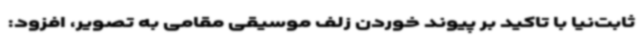
ثابت‌نیا با تاکید بر پیوند خوردن زلف موسیقی مقامی به تصویر، افزود: